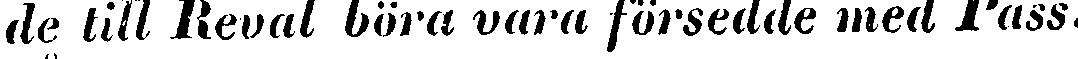
de till Reval böra vara försedde med Pass.